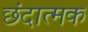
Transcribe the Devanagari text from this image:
छंदात्मक